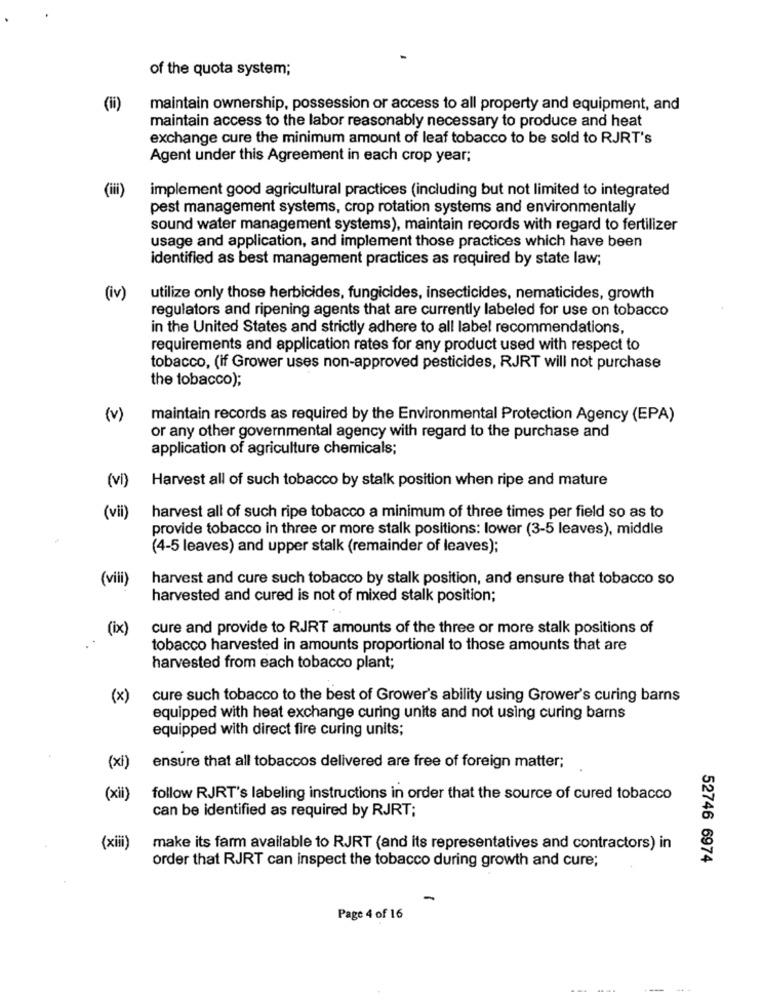
of the quota system;
(1i)
maintain ownership, possession or access to all property and equipment, and
maintain access to the labor reasonably necessary to produce and heat
exchange cure the minimum amount of leaf tobacco to be sold to RJRT's
Agent under this Agreement in each crop year;
(iii)
implement good agricultural practices (including but not limited to integrated
pest management systems, crop rotation systems and environmentally
sound water management systems), maintain records with regard to fertilizer
usage and application, and implement those practices which have been
identified as best management practices as required by state law;
(iv)
utilize only those herbicides, fungicides, insecticides, nematicides, growth
regulators and ripening agents that are currently labeled for use on tobacco
in the United States and strictly adhere to all label recommendations,
requirements and application rates for any product used with respect to
tobacco, (if Grower uses non-approved pesticides, RJRT will not purchase
the tobacco);
(v)
maintain records as required by the Environmental Protection Agency (EPA)
or any other governmental agency with regard to the purchase and
application of agriculture chemicals;
(vi)
Harvest all of such tobacco by stalk position when ripe and mature
harvest all of such ripe tobacco a minimum of three times per field so as to
(vii)
provide tobacco in three or more stalk positions: lower (3-5 leaves), middle
(4-5 leaves) and upper stalk (remainder of leaves);
(vili)
harvest and cure such tobacco by stalk position, and ensure that tobacco so
harvested and cured is not of mixed stalk position;
(ix)
cure and provide to RJRT amounts of the three or more stalk positions of
..
tobacco harvested in amounts proportional to those amounts that are
harvested from each tobacco plant;
(x)
cure such tobacco to the best of Grower's ability using Grower's curing barns
equipped with heat exchange curing units and not using curing barns
equipped with direct fire curing units;
(xi)
ensure that all tobaccos delivered are free of foreign matter;
(xii)
follow RJRT's labeling instructions in order that the source of cured tobacco
can be identified as required by RJRT;
(xiii)
make its farm available to RJRT (and its representatives and contractors) in
order that RJRT can inspect the tobacco during growth and cure;
52746 6974
-
Page 4 of 16
-